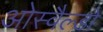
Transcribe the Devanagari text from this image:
ओस्वैल्डो